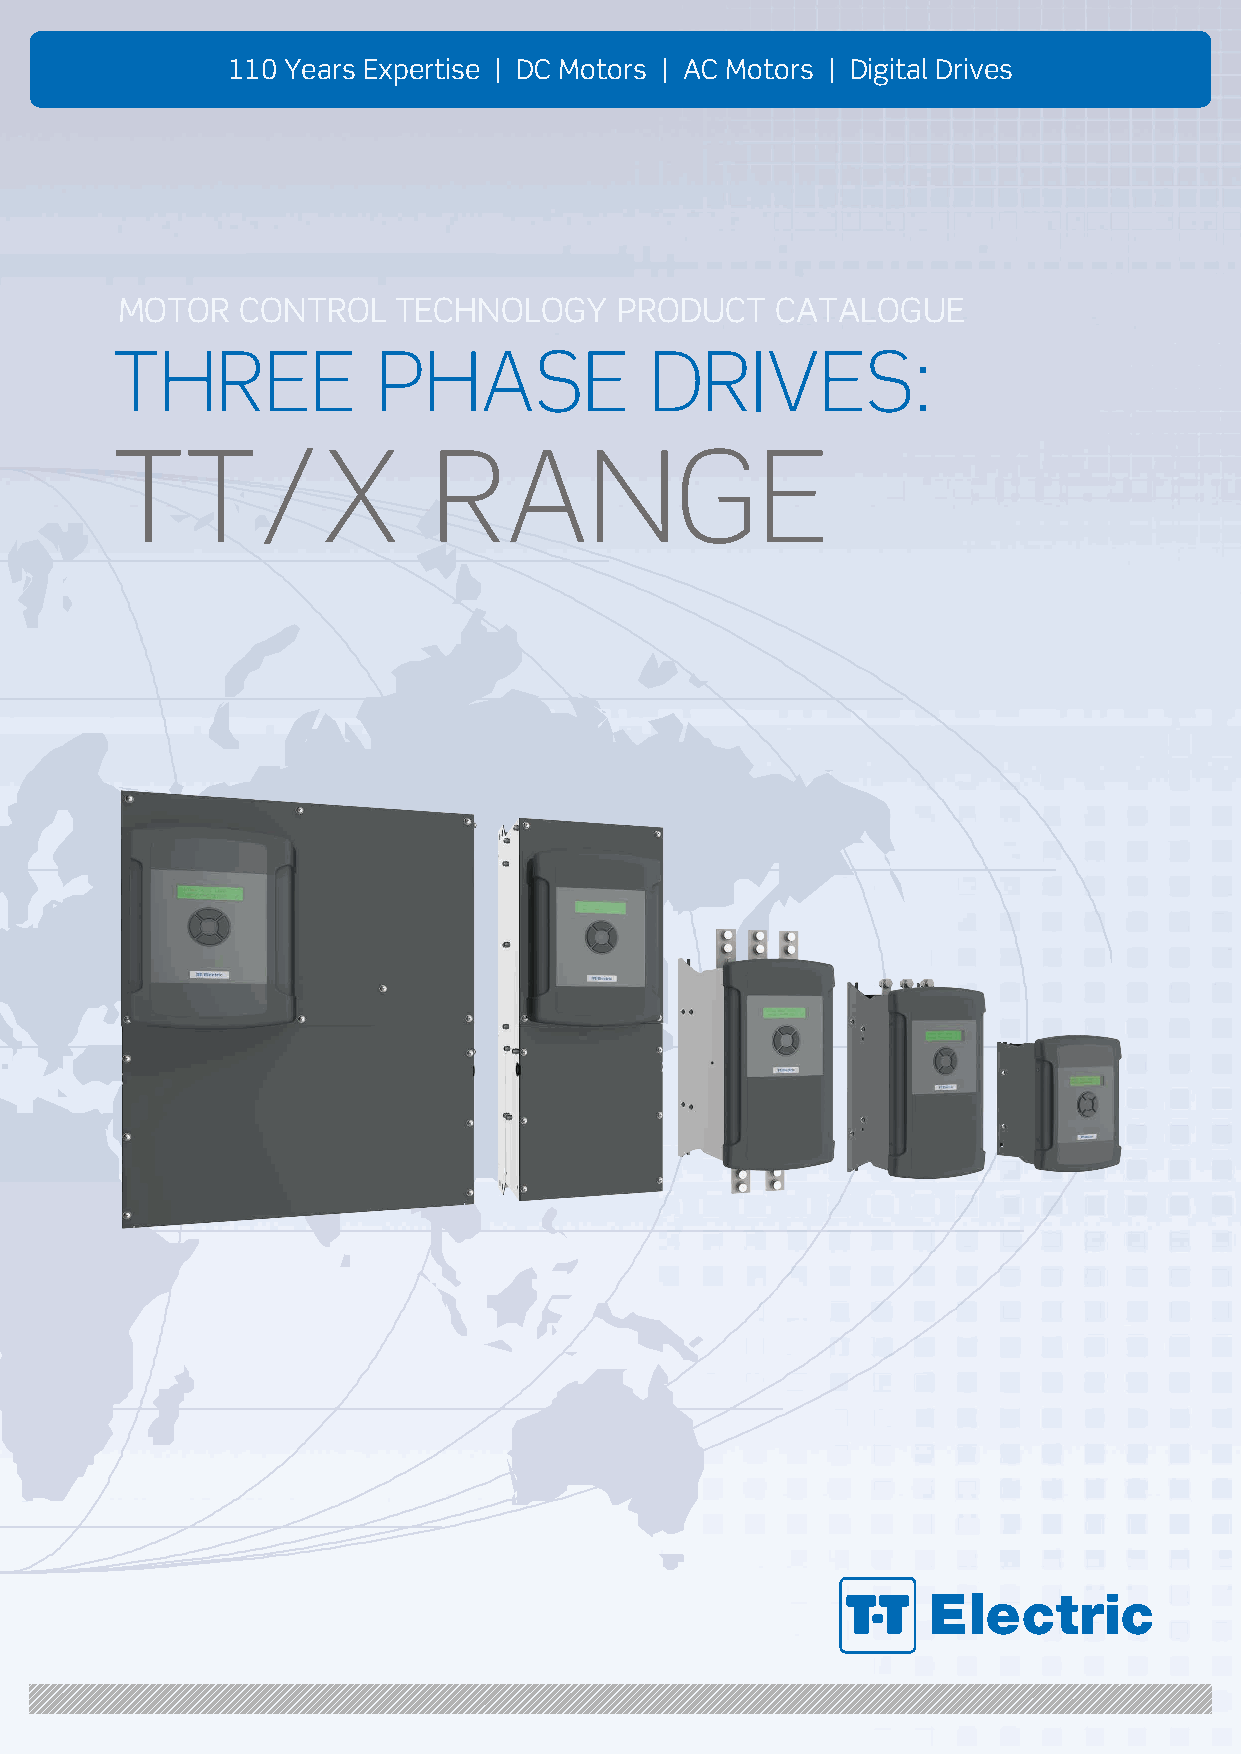
110 Years Expertise | DC Motors | AC Motors | Digital Drives
 MOTOR   CONTROL   TECHNOLOGY     PRODUCT   CATALOGUE
 THREE             PHASE             DRIVES:
 TT/X                  RANGE